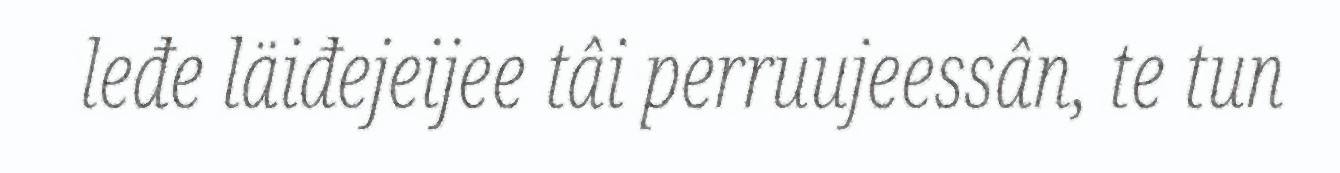
leđe läiđejeijee tâi perruujeessân, te tun